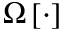
\Omega \left[ \cdot \right]